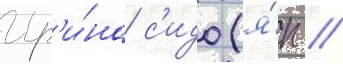
Ир'и́на с'идо (я́п //